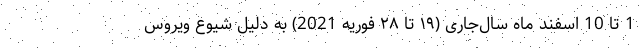
1 تا 10 اسفند ماه سال‌جاری (۱۹ تا ۲۸ فوریه 2021) به دلیل شیوع ویروس